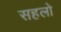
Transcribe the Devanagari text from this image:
सहलो